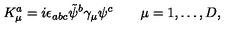
K _ { \mu } ^ { a } = i \epsilon _ { a b c } \tilde { \psi } ^ { b } \gamma _ { \mu } \psi ^ { c } \qquad \mu = 1 , \dots , D ,